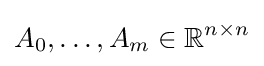
A_{0},\dotsc ,A_{m}\in \mathbb {R} ^{n\times n}